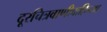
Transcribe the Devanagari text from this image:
दूरचित्रवाणीवाहिन्या